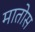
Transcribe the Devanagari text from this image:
मातोस